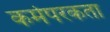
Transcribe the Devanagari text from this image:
कर्मपरकता